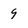
Character: 9